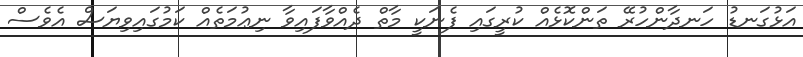
އަޅުގަނޑު ހަނދާންހުރޭ ތަންކޮޅެއް ކުރީގައި ފެނަކީ މާތް ދެއްވާފައިވާ ނިޢުމަތެއް ކަމުގައިވިޔަސް އެވެސް